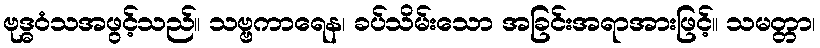
ဗုဒ္ဓဝံသအဖွင့်သည်။ သဗ္ဗကာရေန၊ ခပ်သိမ်းသော အခြင်းအရာအားဖြင့်။ သမတ္တာ၊